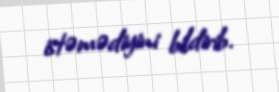
istəmədiyini bildirib.